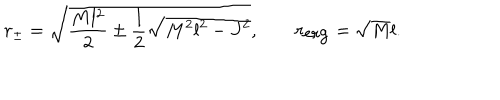
r _ { \pm } = \sqrt { \frac { M l ^ { 2 } } { 2 } \pm \frac { l } { 2 } \sqrt { M ^ { 2 } l ^ { 2 } - J ^ { 2 } } } , \; r _ { \mathrm { e r g } } = \sqrt { M } l .